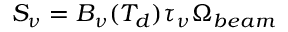
S _ { \nu } = B _ { \nu } ( T _ { d } ) \tau _ { \nu } \Omega _ { b e a m }